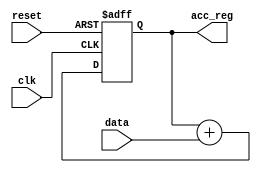
module task1(clk,
             reset,
             data,
             acc_reg);
    input [3:0]data;
    input clk, reset;
    output [7:0]acc_reg;
    reg [7:0]Y;
    
    assign acc_reg = Y;
    always@(posedge clk, negedge reset)
    begin
        if (reset == 0)
        begin
            Y <= 0;
        end
        else
        begin
            Y <= acc_reg + data;
        end
    end
endmodule